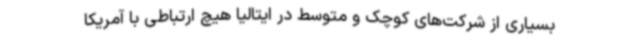
بسیاری از شرکت‌های کوچک و متوسط در ایتالیا هیچ ارتباطی با آمریکا